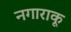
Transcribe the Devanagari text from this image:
नगाराकू